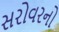
સરોવરનો